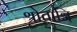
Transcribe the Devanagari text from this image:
श्रोताग्नि